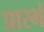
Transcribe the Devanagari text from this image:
प्रारभं